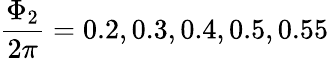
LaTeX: \frac{\Phi_{2}}{2\pi}=0.2,0.3,0.4,0.5,0.55